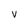
Character: v